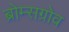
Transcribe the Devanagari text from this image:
ब्रोम्सग्रोव